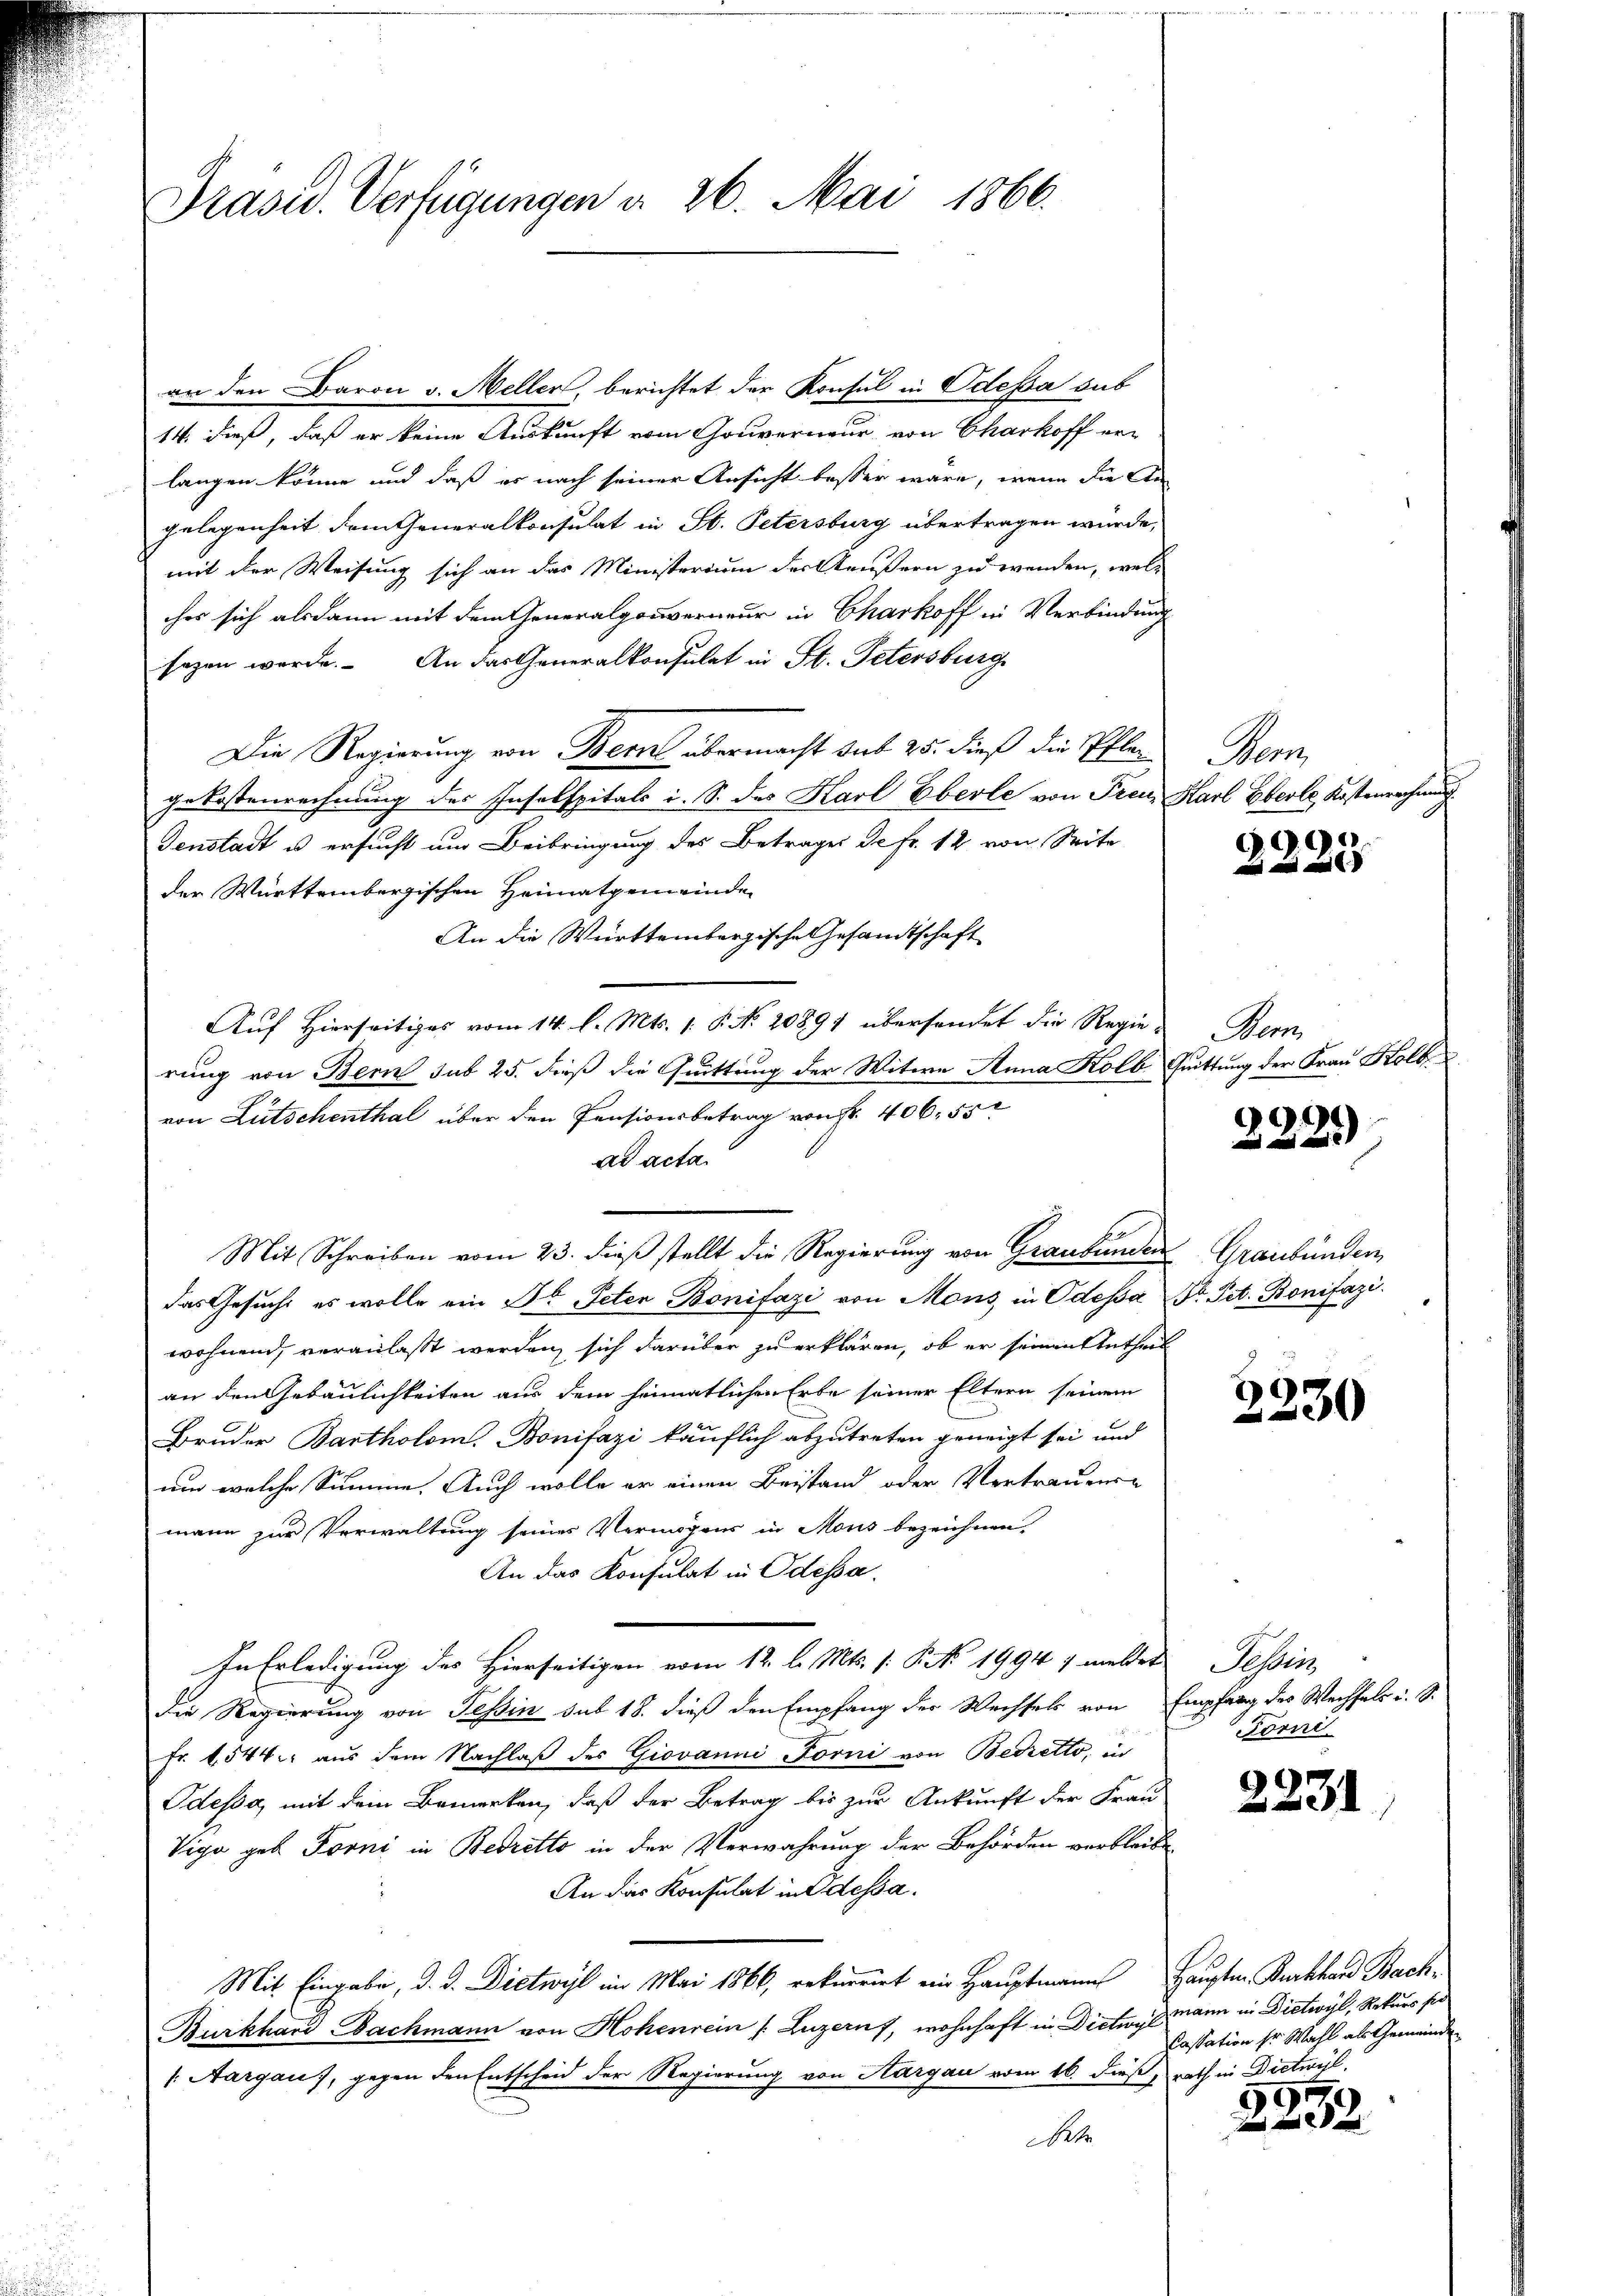
Präsid. Verfügungen d. 26. Mai 1866.

an den Baron v. Meller, berichtet der Konsul in Odessa sub
14. dieß, daß er keine Auskunft vom Gouverneur von Charkoff erlangen könne und daß er nach seiner Ansicht besser wäre, wenn die An-
gelegenheit dem Generalkonsulat in St. Petersburg übertragen wurde,
mit der Weisung sich an das Ministerium der äußern zu wenden, welches sich alsdann mit dem Generalgouverneur in Charkoff in Verbindung
sezen werde. An das Generalkonsulat in St. Petersburg
Die Regierung von Bern übermacht sub 25. dieß die Pflangekostenrechnung des Insolspitals i. S. des Karl Eberle von Freu¬
Fenstadt u ersucht um Beibringung des Betrages de fr. 12 von Seite
der Württembergischen Heimatgemeinde
An die Württembergische Gesandtschaft
Auf Hierseitiges vom 14. l. Mts. 1. P. No. 20891 übersendet die Regie-Bern,
rung von Bern sub 25. dieß die Quittung der Witwe Anna Kolb Quittung der Frau Kolb.
von Lütschenthal über den Pensionsbetrag von Fr. 406. 55
de acta
Mit Schreiben vom 23. dieß stellt die Regierung von Graubünden Graubünden
das Gesucht es wolle ein St. Peter Bonifazi von Mons in Odessa
wohnend, veranlaßt werden, sich darüber zu erklären, ob er seinen Antheil
an den Gebäulichkeiten aus dem heimatlichen Erbe seiner Eltern seinem
Bruder Bartholom. Bonifazi käuflich abzutreten geneigt sei und
um welche Summe. Auch wolle er einen Beistand oder Vertrauense
mann zur Verwaltung seines Vermögens in Mous bezeichnen.
An das Konsulat in Odessa.
In Erledigung des Hierseitigen vom 12. l. Mts. (: P. Nr. 1994 1 melder Tessin,
die Regierung von Tessin sub 18. dieß den Empfang der Wechsels von
Fr. f. 544. aus dem Nachlaß des Giovanni Forni von Bedretto, in
Odessa, mit dem Bemerken, daß der Betrag bis zur Ankunft der Frau
Viga geb. Forni in Bedretto in der Verwahrung der Behörden verbleibe
An das Konsulat in Odessa.
Mit Eingabe, d. d. Dietwyl im Mai 1866, rekurrirt ein Hauptmann
Burkhard Bachmann von Hohenrein s. Luzern, wohnhaft in Diction mann in Dietwyl, Rekurs ser
/. Aargau), gegen den Entscheid der Regierung von Aargau vom 16. dieß, rath in Dietwyl,
1

Seon
Karl Eberle, Kostenrechen

9

e
22

Dr. Pet. Bonifazi.

3230

Empfang der Wechsels u. S.
Förni

2231

Haupten Backhard Bach
Cassation sr Wahl als Gemeinde

2532